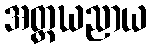
အတ္တဃညာယ